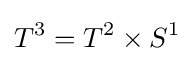
T^{3}=T^{2}\times S^{1}